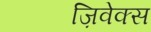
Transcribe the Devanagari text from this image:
ज़िवेक्स